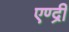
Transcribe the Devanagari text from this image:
एण्द्री